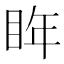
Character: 𭾮